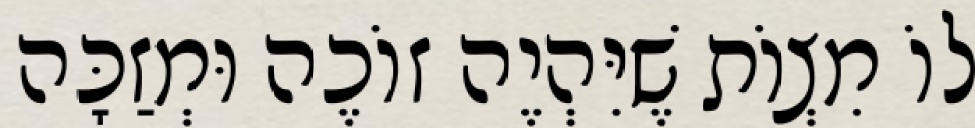
לוֹ מִצְוֹת שֶׁיִּהְיֶה זוֹכֶה וּמְזַכָּה